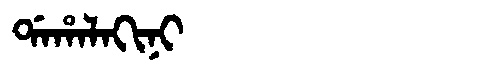
Manchu: ᡩᠠᡥᠠᠯᠠᡴᡳᠨᡳ
Romanization: DAHALAKINI